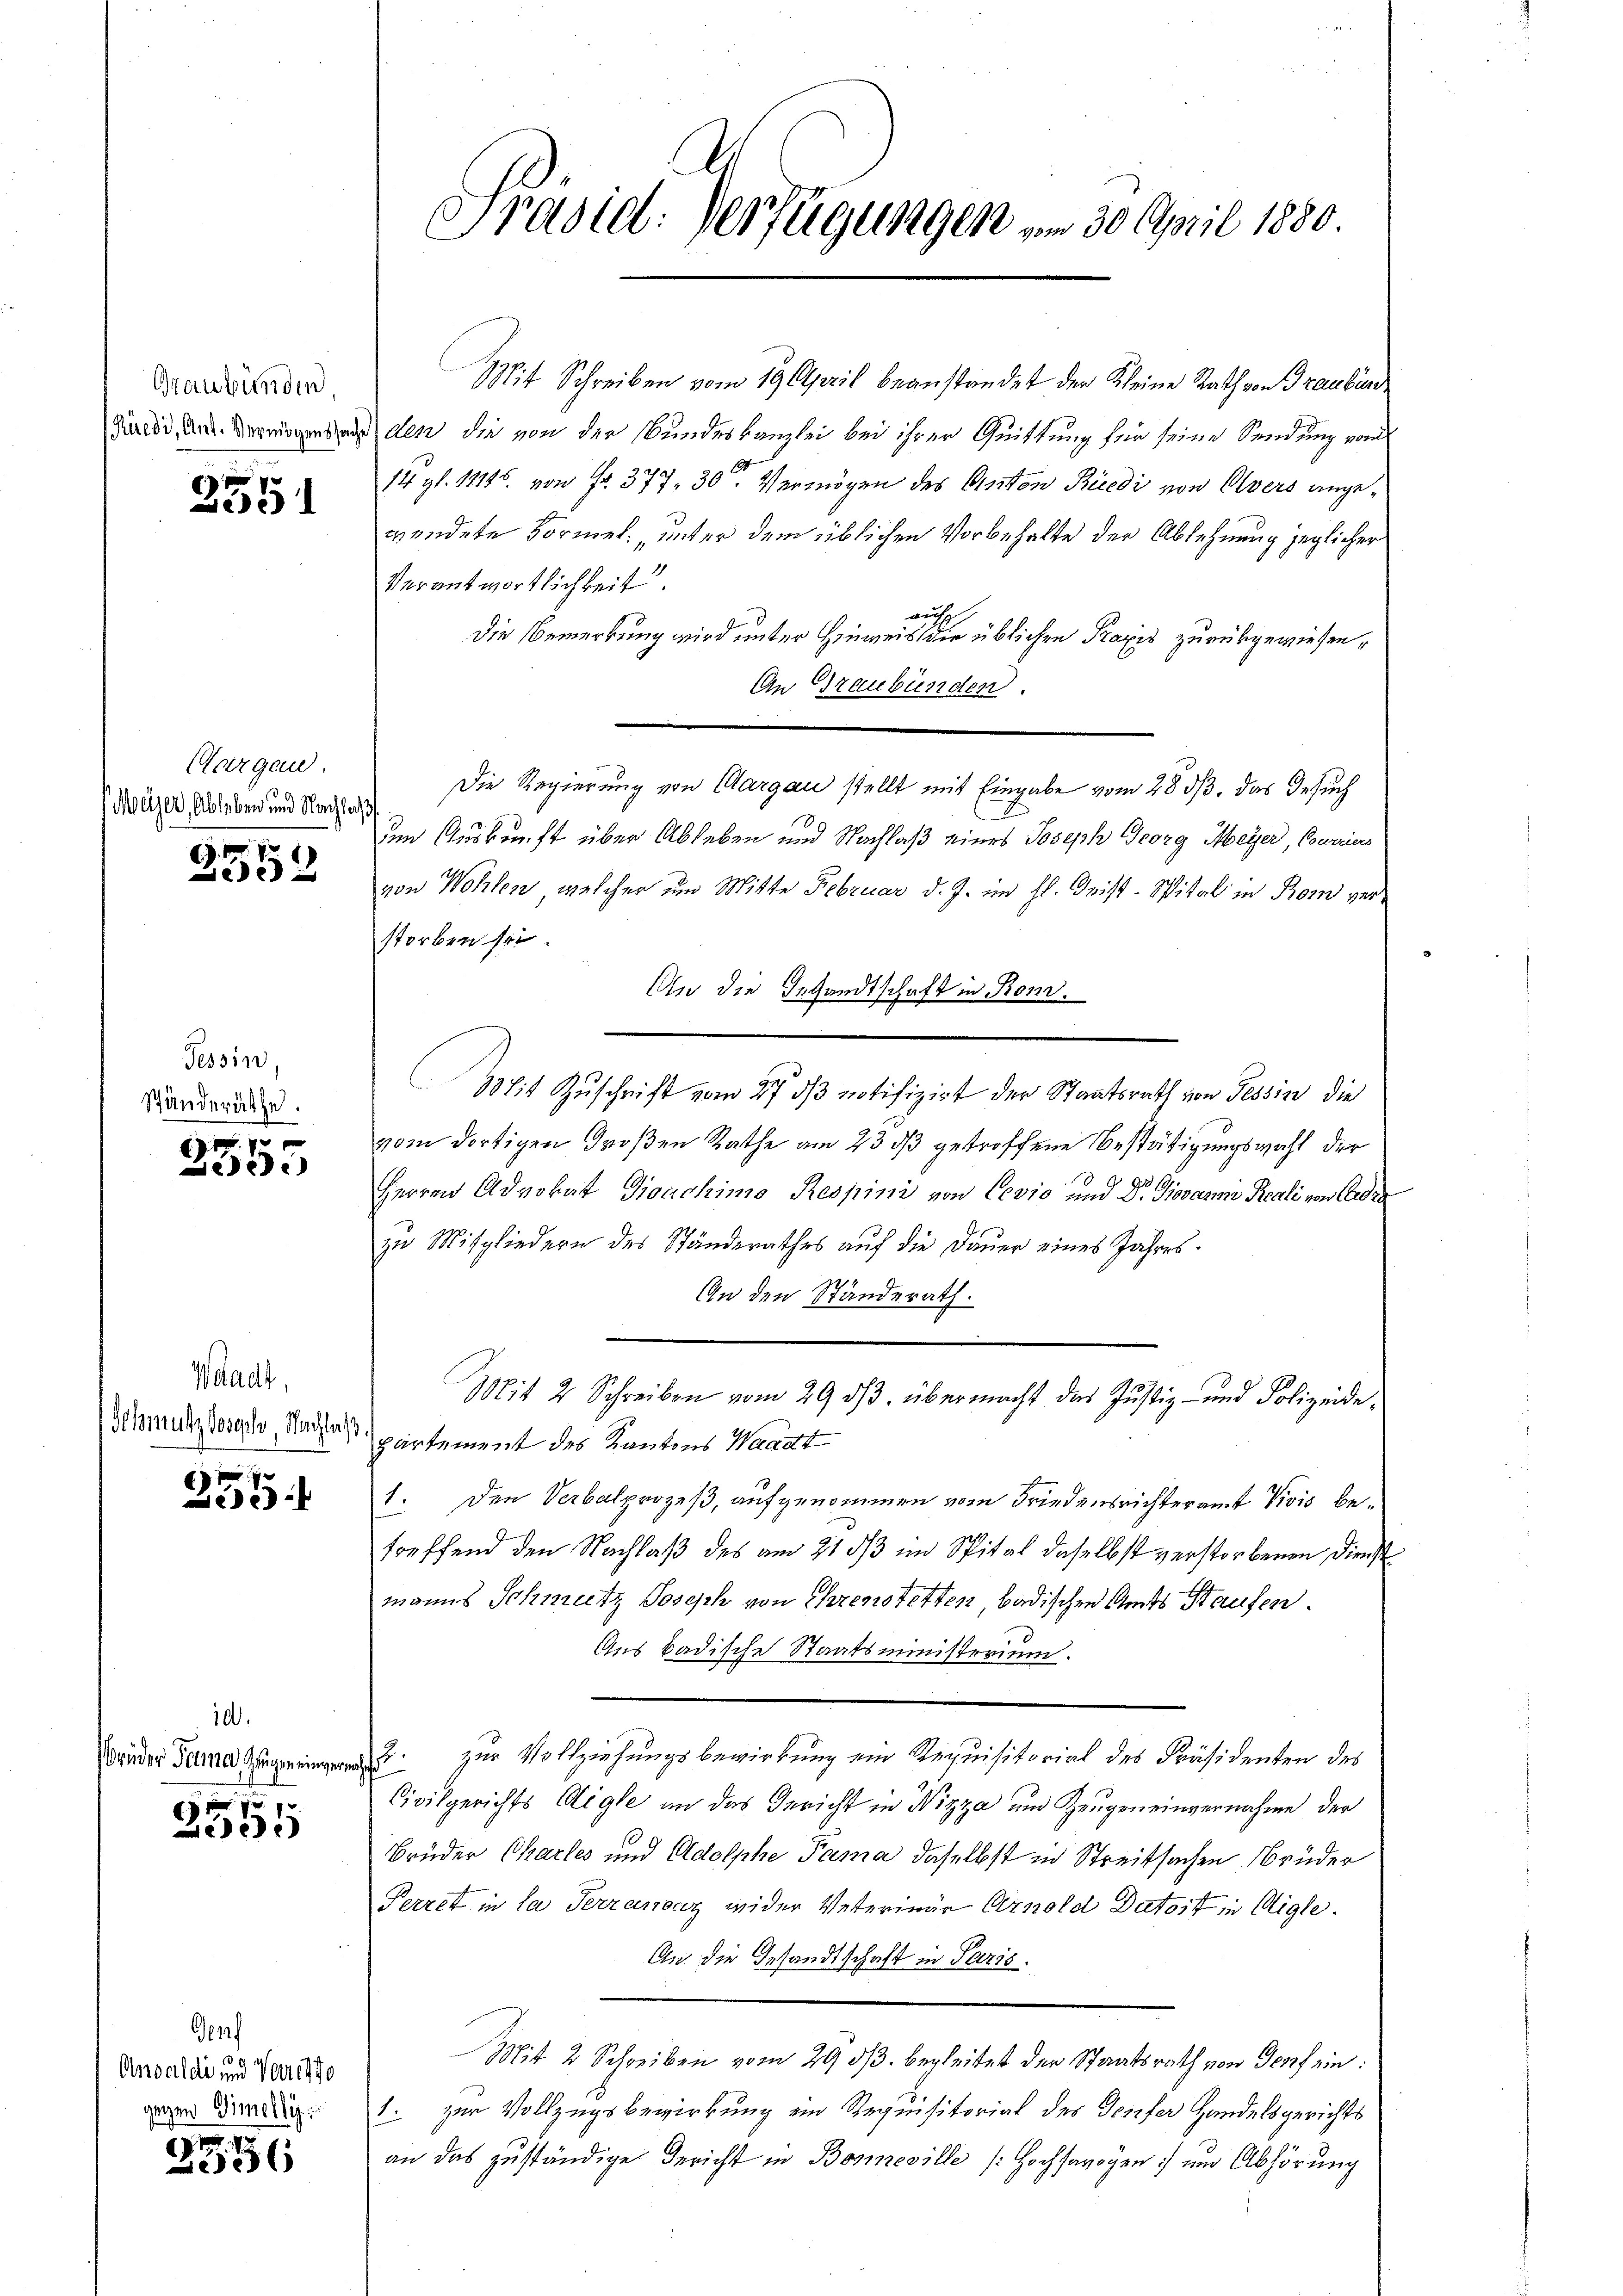
Graubünden
Rüedi, Ant. Vermögenssache

e
Lede

Aargau.
Meier Ableben und Nachlass
7

e

Tessin,
Schänderäthe.

x
e

Waadt,
Schmutzlosich, Nachlaß

Lede

10.
Brüder Perna Hugen einversa

2555

Genf
Anwaldi und Vorresto
gegen Simelly

.
e

Präsid: Verfügungen vom 30. April 1880.

Mit Schreiben vom 19. April beanstandet der Kleine Rath von Graubünde
den die von der Bundeskanzlei bei ihrer Quittung für seine Sendung vom
14 gl. 11125. von Fr. 377, 30 Vermögen des Anton Rüedi von Olvers angewendete Formel, unter dem üblichen Vorbehalte der Ablehnung jeglicher
Verantwortlichkeit.
wetsch
die Bemerkung wird unter Hinweis die üblichen Praxis zurückgewiesen,
An Graubünden.
Die Regierung von Aargau stellt mit Eingabe vom 28 ds. das Gesuch
den Auskunft über Ableben und Nachlaß eines Joseph Georg Meyer, Convices
von Wohlen, welcher um Mitte Februar d. J. im hl. Grist-Spital in Rom verstorben sei.
An die Gesandtschaft in Rom.
Mit Zuschrift vom 27. ds notifizirt der Staatsrath von Tessin die
vom dortigen Großen Rathe am 23. ds getroffene Bestätigungswahl der
Herren Advokat Gioachimo Respini von Cevio und Dr. Giovanm Reali von Andre
zu Mitgliedern des Ständerathes auf die Dauer eines Jahres¬
An den Standerath.
Mit 2 Schreiben vom 29. dβ übermacht das Justiz- und Polizeide-
partement des Kantons Waadt
1. Den Verbalprozeß, aufgenommen vom Friedensrichteramt Vivis betreffend den Nachlaß des am 31 3/3 im Spital daselbst verstorbenen Dienst
manns Schmutz Joseph von Ehrenstetten badischen Amts Haufen.
Aus Badische Staatsministerium.
zur Vollziehungsbewirkung ein Requisitorial des Präsidenten des
2.
Civilgerichts Aigle an das Gericht in Nizza und Zeugeneinvernahme der
Brüder Chartes und Adolphe Pama daselbst in Streitsachen Brüder
Perret in la Terransaz wider Veterinär Arnold Datoit in Aigle
An die Gesandtschaft in Paris.
Mit 2 Schreiben vom 29. ds. begleitet der Staatsrath von Genf ein:
1. zur Vollzugsbewirkung ein Requisitorial des Teufer Handelsgerichts
an das zuständige Gericht in Bosmeville (Hochsarogen; um Abhörung